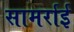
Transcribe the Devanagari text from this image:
सामर्राई